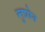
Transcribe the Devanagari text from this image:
लुप्रोन